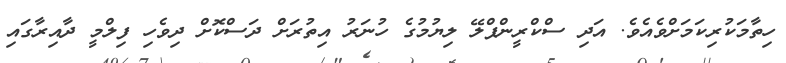
ހިތާމަކުރިކަމަށްވެއެވެ. އަދި ސްކްރީންޕްލޭ ލިޔުމުގެ ހުނަރު އިތުރަށް ދަސްކޮށް ދިވެހި ފިލްމީ ދާއިރާގައި